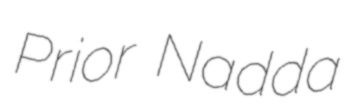
Prior Nadda